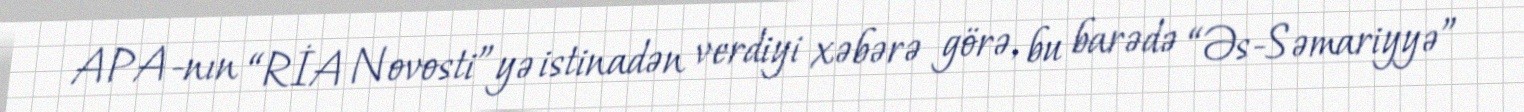
APA-nın “RİA Novosti”yə istinadən verdiyi xəbərə görə, bu barədə “Əs-Səmariyyə”